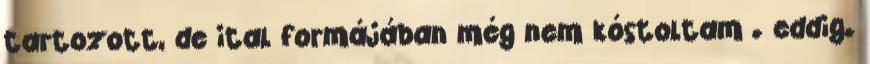
tartozott, de ital formájában még nem kóstoltam . eddig.